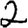
Digit: 2